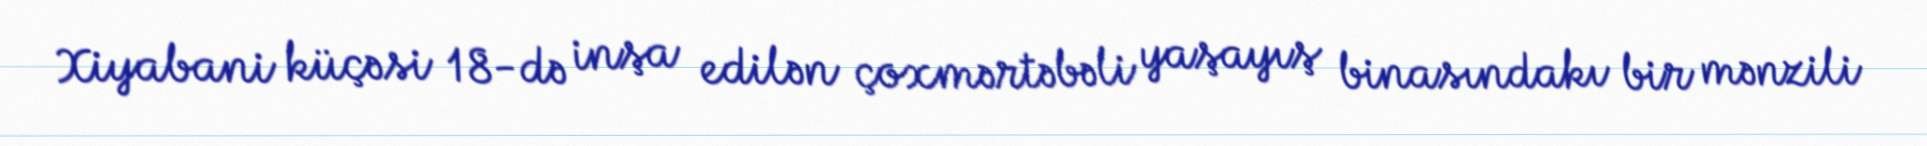
Xiyabani küçəsi 18-də inşa edilən çoxmərtəbəli yaşayış binasındakı bir mənzili